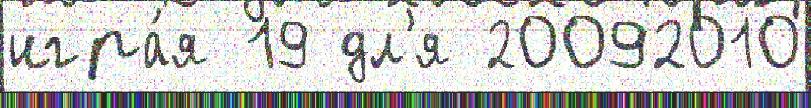
игра́я 19 дл'я 20092010